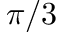
\pi / 3